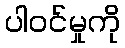
ပါဝင်မှုကို